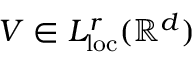
V \in L _ { \mathrm { l o c } } ^ { r } ( \ensuremath { \mathbb { R } } ^ { d } )